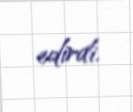
edirdi.